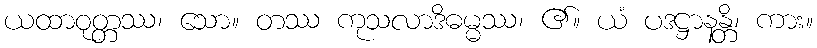
ယထာဝုတ္တဿ၊ သော။ တဿ ကုသလာဒိဓမ္မဿ၊ ၏။ ယံ ပဒဋ္ဌာနန္တိ၊ ကား။